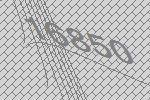
16850